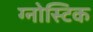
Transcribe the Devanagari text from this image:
ग्नोस्टिक